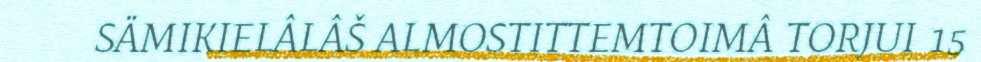
SÄMIKIELÂLÂŠ ALMOSTITTEMTOIMÂ TORJUI 15